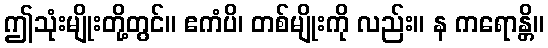
ဤသုံးမျိုးတို့တွင်။ ဧကံပိ၊ တစ်မျိုးကို လည်း။ န ကရောန္တိ။